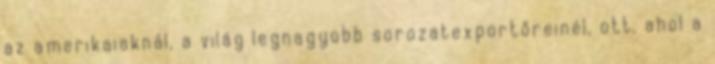
az amerikaiaknál, a világ legnagyobb sorozatexportőreinél, ott, ahol a